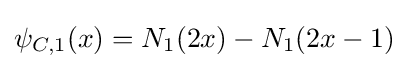
\psi _{C,1}(x)=N_{1}(2x)-N_{1}(2x-1)